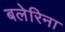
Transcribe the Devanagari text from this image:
बलेरिना